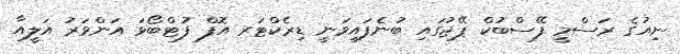
ނިއުގެ ރަސްމީ ފޭސްބުކް ޕޭޖުގައި ބުނެފައިވަނީ ޑިރެކްޓަރ އޮފް ފުޓްބޯޅަ އަންވަރު އަލީއާ